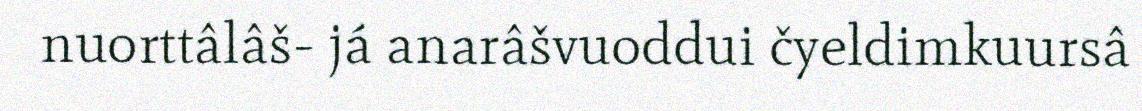
nuorttâlâš- já anarâšvuoddui čyeldimkuursâ